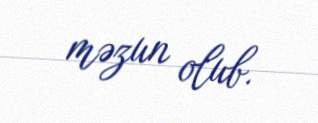
məzun olub.